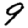
Digit: 9